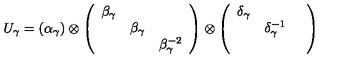
U _ { \gamma } = ( \alpha _ { \gamma } ) \otimes \left( \begin{array} { c c c } { \beta _ { \gamma } } & { } & { } \\ { } & { \beta _ { \gamma } } & { } \\ { } & { } & { \beta _ { \gamma } ^ { - 2 } } \\ \end{array} \right) \otimes \left( \begin{array} { c c c } { \delta _ { \gamma } } & { } & { } \\ { } & { \delta _ { \gamma } ^ { - 1 } } & { } \\ { } & { } & { } \\ \end{array} \right)